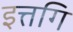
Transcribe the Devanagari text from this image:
इत्तगि